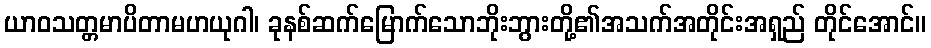
ယာဝသတ္တမာပိတာမဟယုဂါ၊ ခုနစ်ဆက်မြောက်သောဘိုးဘွားတို့၏အသက်အတိုင်းအရှည် တိုင်အောင်။